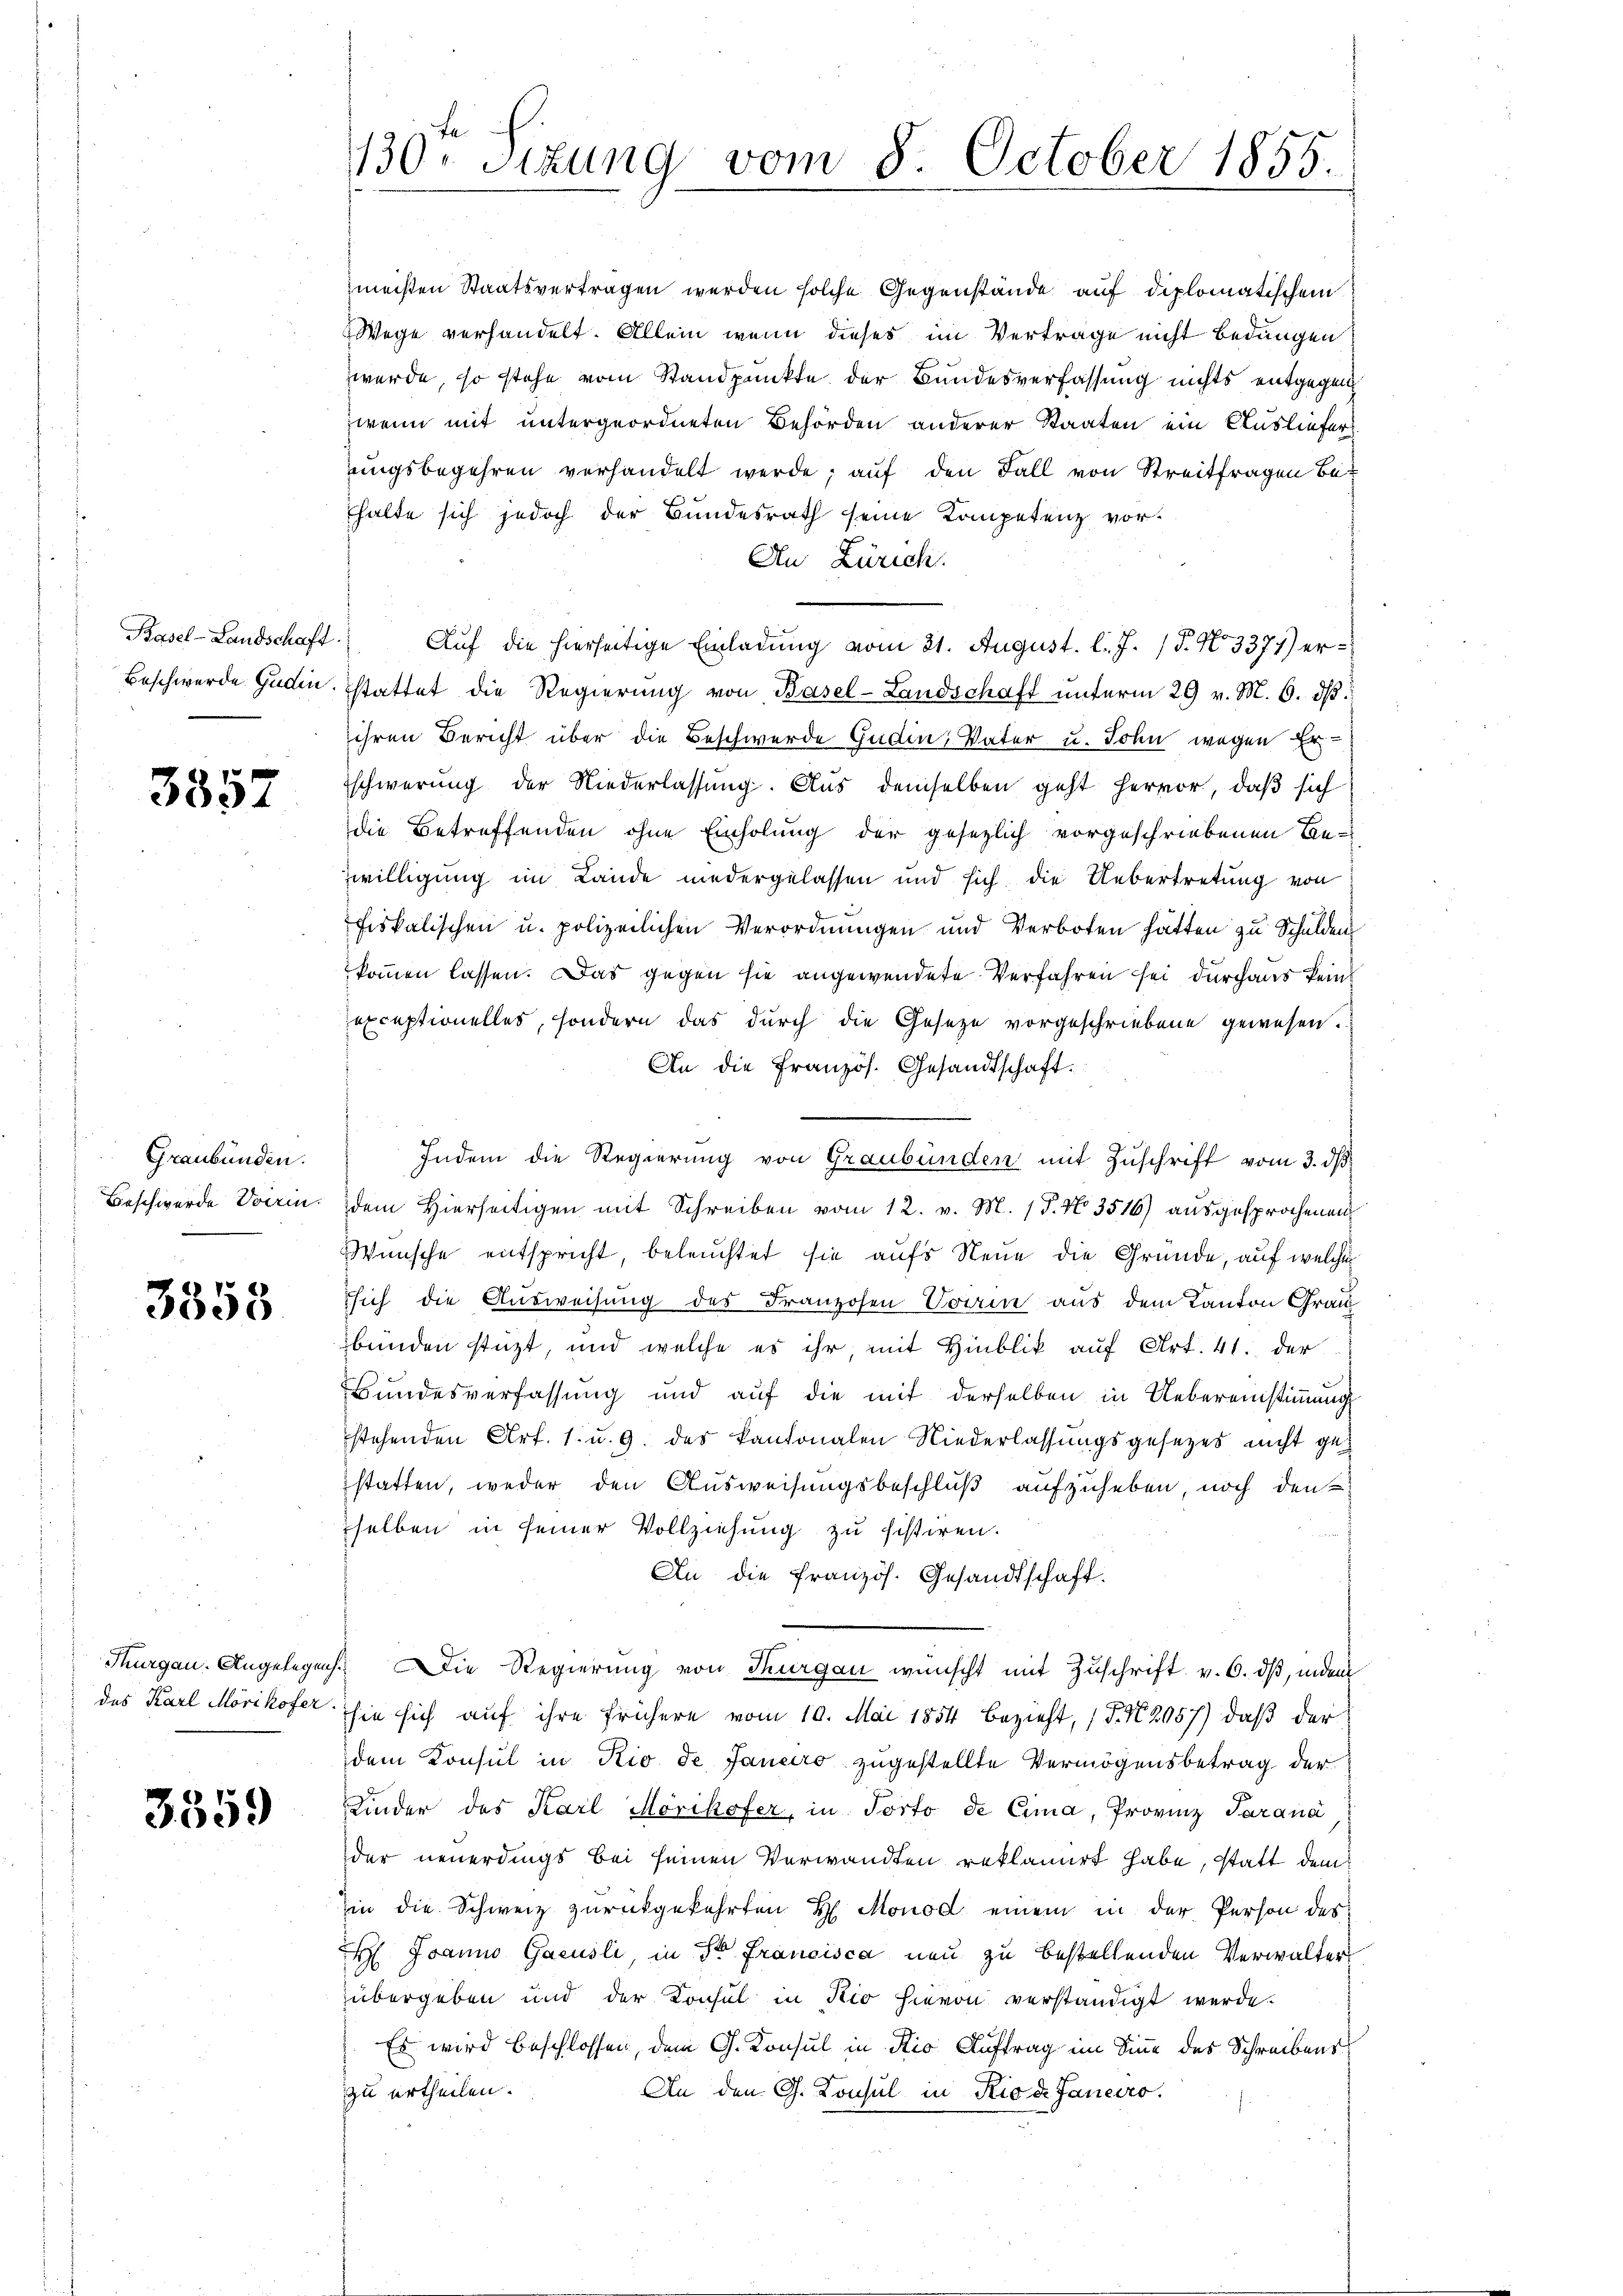
Basel-Landschaft.
Beschwerde. Gudin

3357

Graubünden.
Beschwerde Vorrin.

3355

Thurgau. Angelegen
des Karl Mörikofer

3559

130. Sitzung vom 8. October 1855.

meisten Staatsvertragen werden solche Gegenstände auf diplomatischem
Wege verhandelt. Allein wenn dieses im Vertrage nicht bedungen
werde, so stehe vom Standpunkte der Bundesverfassung nichts entgegen
wenn mit untergeordneten Behörden anderer Staaten ein Ausliefer
ungsbegehren verhandelt werde; auf den Fall von Streitfragen Behalte sich jedoch der Bundesrath seine Kompetenz vor¬
An Zürich.
Auf die hierseitige Einladung vom 21. August. l. J. (T. N. 3371) erstattet die Regierung von Basel-Landschaft unterm 29 v. M. 6. dβ
ihren Bericht über die Beschwerde Gudin, Vater u. John wegen Er¬
Eschwerung der Niederlassung. Aus demselben geht hervor, daß sich
die Betreffenden ohne Einholung der gesezlich vorgeschriebenen Bezwilligung im Lande niedergelassen und sich die Uebertretung von
fiskalischen u. polizeilichen Verordnŭngen und Verboten hätten zŭ Schulden
kommen lassen. Das gegen sie angewendete Verfahren sei durchaus kein
exceptionelles, sondern das durch die Gesetze vorgeschriebene gewesen.
An die Französ. Gesandtschaft.
Indem die Regierung von Graubünden mit Zuschrift vom 3. ds.
dem Hierseitigen mit Schreiben vom 12. v. M. (T. No. 3516) ausgesprochenen
Wünsche entspricht, beleuchtet sie aufs Neue die Gründe, auf welche
sich die Ausweisung des Franzosen Vorin aus dem Kanton Grau
bunden stüzt, und welche es ihr mit Hinblik auf Art. 41. der
Bundesverfassung und auf die mit derselben in Uebereinstimmung
stehenden Art. 1. u. 9. des Kantonalen Niederlassungsgesezes nicht gestatten, weder den Ausweisungsbeschluß aufzuheben, noch den
selben in seiner Vollziehung zu sistiren.
An die französ. Gesandtschaft.
/ Die Regierung von Thurgau wünscht mit Zuschrift v. 6. dβ, indem
sie sich auf ihre frühere vom 10. Mai 1854 bezieht, P. Nr. 2057) daß der
dem Konsul in Rio de Janeiro zugestellte Vermögensbetrag der
Kinder des Karl Mörikofer, in Porto de Cima, Provinz Parana
der neuerdings bei seinen Verwandten reklamiert habe, statt dem
in die Schweiz zurückgekehrten H. Monod einem in der Person des
 Joanno Gacusli, in Stern Francisca neu zu bestellenden Verwalter
übergeben und der Konsul in Kio hievon verständigt werde.
Es wird beschlossen, dem G. Konsul in die Auftrag im Sinne des Schreibens
zu urtheilen.
An den G. Konsul in Rio d. Janeiro